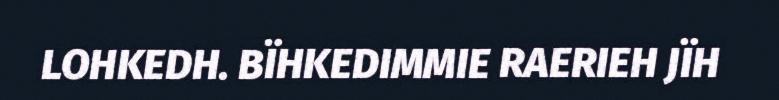
LOHKEDH. BÏHKEDIMMIE RAERIEH JÏH